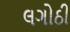
લગોઠી